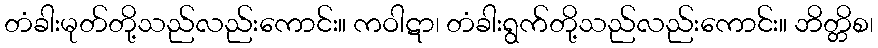
တံခါးမုတ်တို့သည်လည်းကောင်း။ ကဝါဋာ၊ တံခါးရွက်တို့သည်လည်းကောင်း။ ဘိတ္တိစ၊